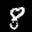
Label: 8